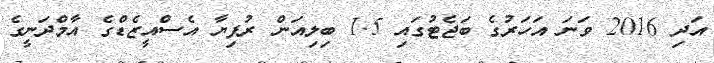
އަދި 2016 ވަނަ އަހަރުގެ ބަޖެޓުގައި 1.5 ބިލިއަން ރުފިޔާ އެސްއީޒެޑްގެ އާމްދަނީގެ